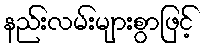
နည်းလမ်းများစွာဖြင့်